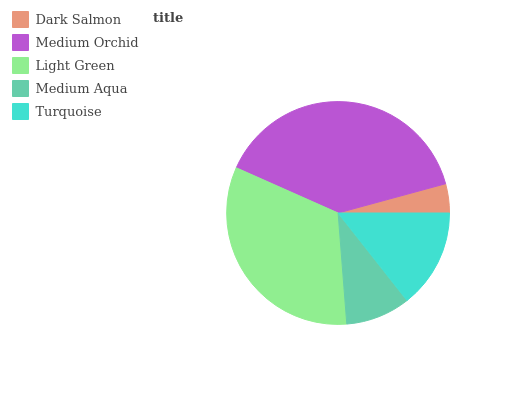
| Dark Salmon | Medium Orchid | Light Green | Medium Aqua | Turquoise |
 | --- | --- | --- | --- | --- |
 | 4.21% | 39.1% | 32.9% | 9.37% | 14.4% |